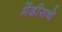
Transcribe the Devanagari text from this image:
मेंडीसचे